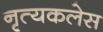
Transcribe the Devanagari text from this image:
नृत्यकलेस